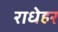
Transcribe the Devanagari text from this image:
राधेहर